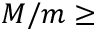
M / m \geq